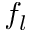
f _ { l }